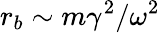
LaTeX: r_{b}\sim m\gamma^{2}/\omega^{2}